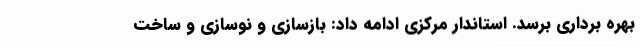
بهره برداری برسد. استاندار مرکزی ادامه داد: بازسازی و نوسازی و ساخت